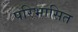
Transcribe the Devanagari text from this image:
परिभासित